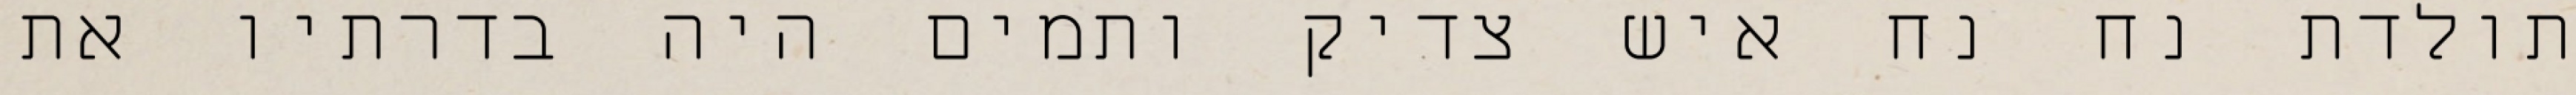
תולדת נח נח איש צדיק ותמים היה בדרתיו את